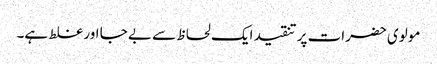
مولوی حضرات پر تنقید ایک لحاظ سے بے جا اور غلط ہے۔